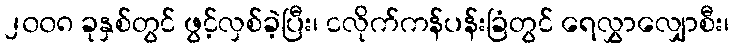
၂၀၀၈ ခုနှစ်တွင် ဖွင့်လှစ်ခဲ့ပြီး၊ ငလိုက်ကန်ပန်းခြံတွင် ရေလွှာလျှောစီး၊